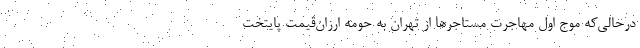
درحالی‌که موج اول مهاجرت مستاجرها از تهران به حومه ارزان‌قیمت پایتخت